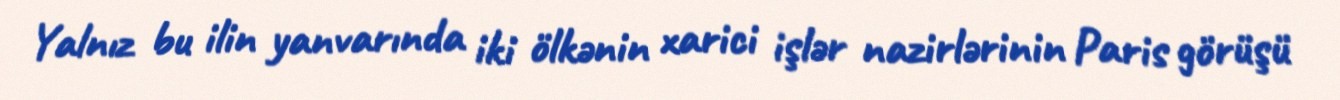
Yalnız bu ilin yanvarında iki ölkənin xarici işlər nazirlərinin Paris görüşü